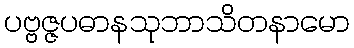
ပဗ္ဗဇ္ဇပဓာနသုဘာသိတနာမော